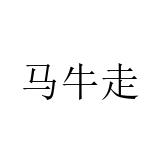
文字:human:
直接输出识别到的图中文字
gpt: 马牛走